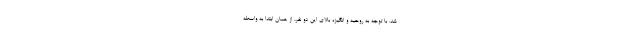
شد. با توجه به روحیه و انگیزه بالای این دو نفر، از همان ابتدا به واسطه